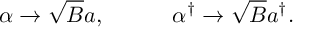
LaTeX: \alpha \rightarrow \sqrt { B } a , \, \, \, \, \, \, \, \, \, \, \, \, \, \, \, \, \, \, \alpha ^ { \dag } \rightarrow \sqrt { B } a ^ { \dag } .